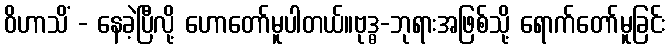
ဝိဟာသိံ - နေခဲ့ပြီလို့ ဟောတော်မူပါတယ်။ဗုဒ္ဓ-ဘုရားအဖြစ်သို့ ရောက်တော်မူခြင်း